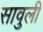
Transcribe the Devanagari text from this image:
सावुली